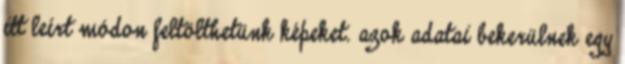
itt leírt módon feltölthetünk képeket. azok adatai bekerülnek egy